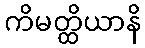
ကိမတ္ထိယာနိ